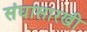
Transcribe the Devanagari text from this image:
संघासारखी